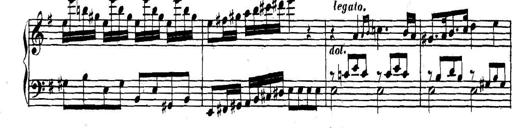
Title: Collected Piano Sonatas
Composer: Muzio Clementi